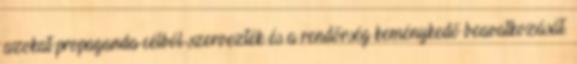
azokat propaganda célból szervezték és a rendőrség keménykedő beavatkozását.